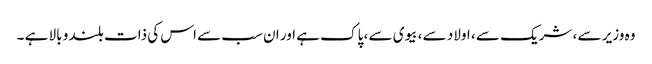
وہ وزیر سے ، شریک سے ، اولاد سے ، بیوی سے ، پاک ہے اور ان سب سے اس کی ذات بلند و بالا ہے ۔